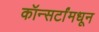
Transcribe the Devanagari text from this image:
कॉन्सर्टांंमधून